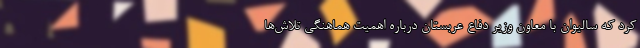
کرد که سالیوان با معاون وزیر دفاع عربستان درباره اهمیت هماهنگی تلاش‌ها